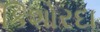
કિશોરદા